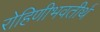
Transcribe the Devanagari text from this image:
रोहिणीभवतीर्थ